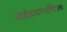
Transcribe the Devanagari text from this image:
आईडायग्नास्टिक्स